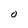
Character: O